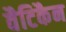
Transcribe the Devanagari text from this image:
वैटिकैन